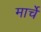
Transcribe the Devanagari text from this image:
मार्चे